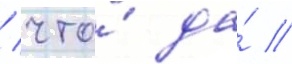
/ что́ да́ /